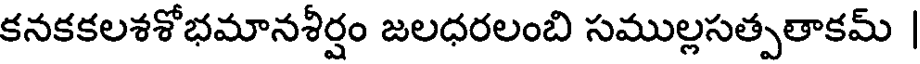
కనకకలశశోభమానశీర్షం జలధరలంబి సముల్లసత్పతాకమ్ |